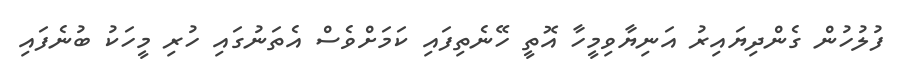
ފުލުހުން ގެންދިޔައިރު އަނިޔާވިމީހާ އޮތީ ހޭނެތިފައި ކަމަށްވެސް އެތަނުގައި ހުރި މީހަކު ބުނެފައި